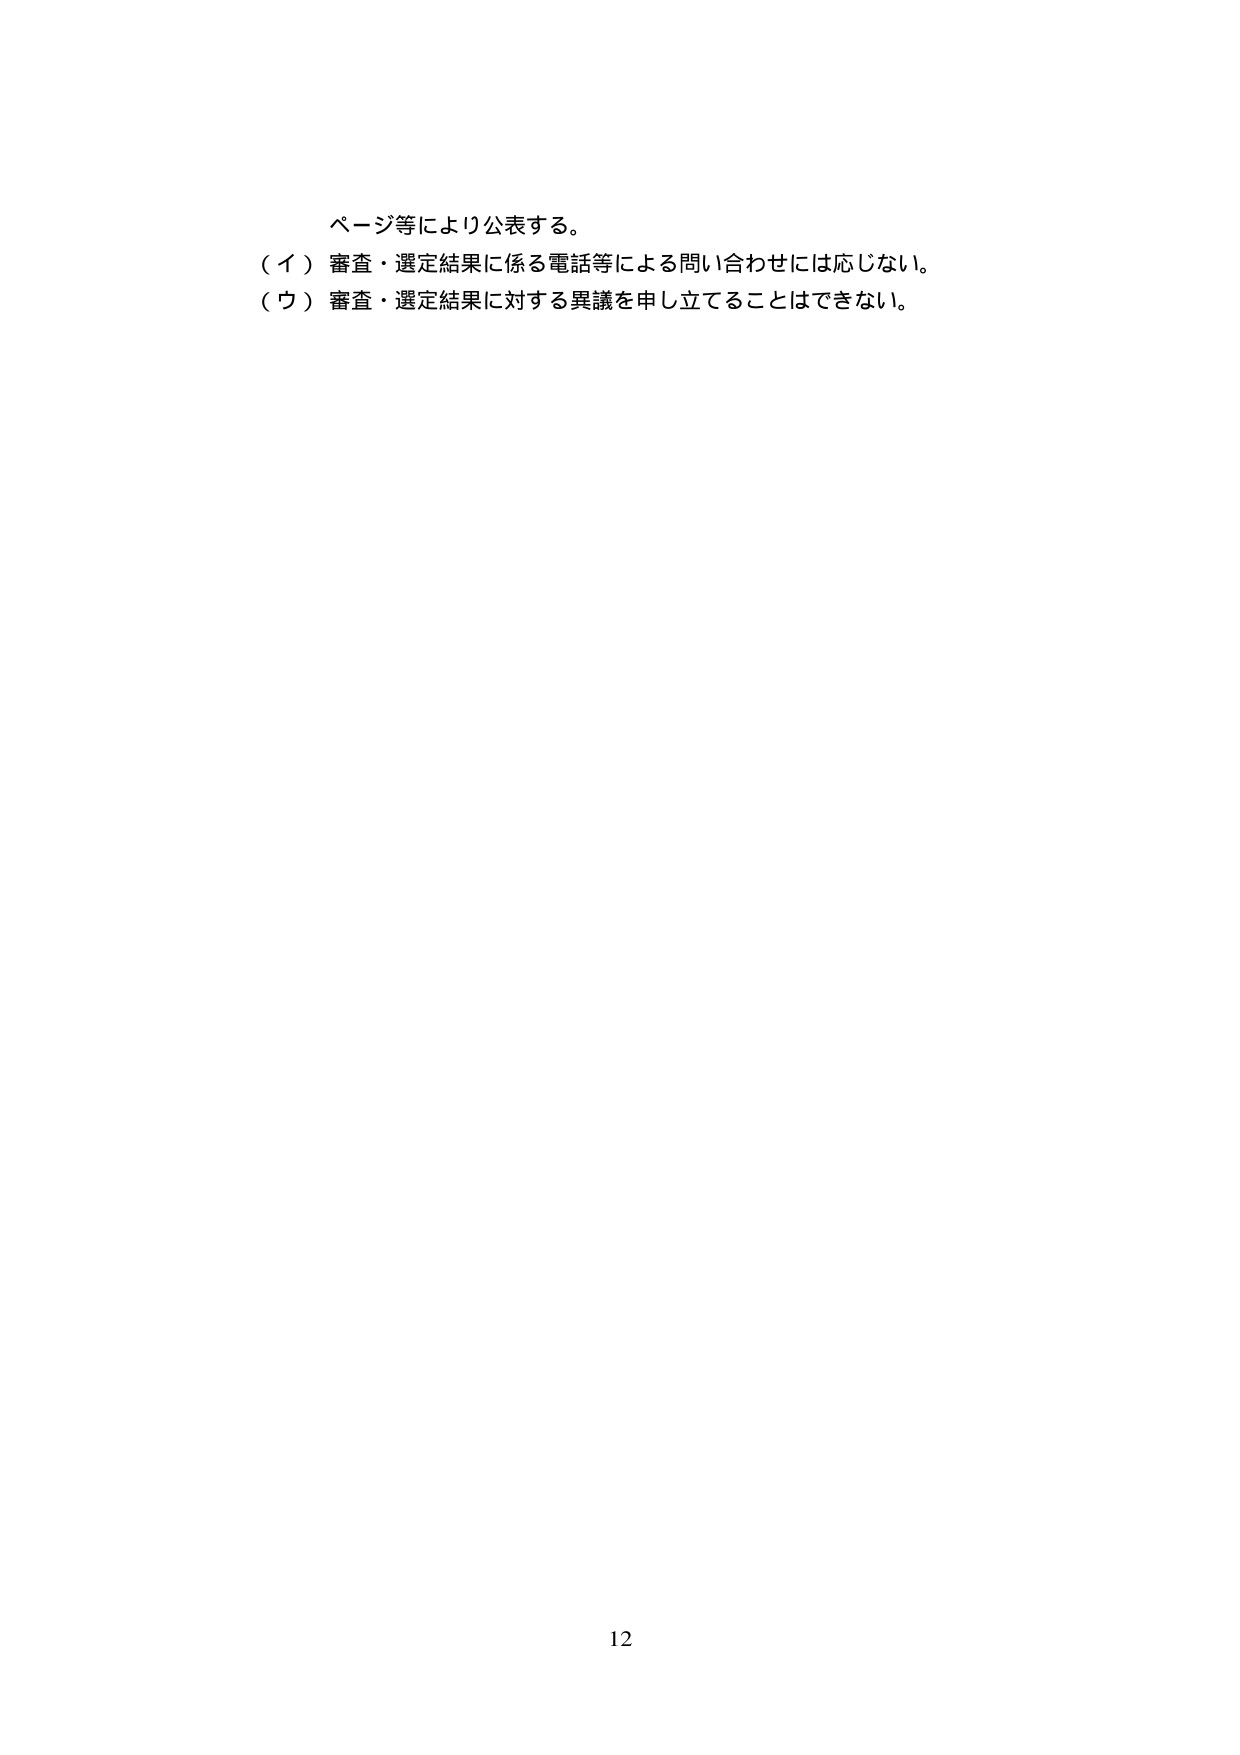
ページ等により公表する。
（イ）審査・選定結果に係る電話等による問い合わせには応じない。
（ウ）審査・選定結果に対する異議を申し立てることはできない。
12